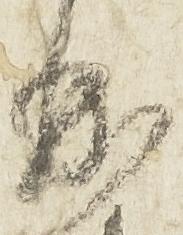
曲